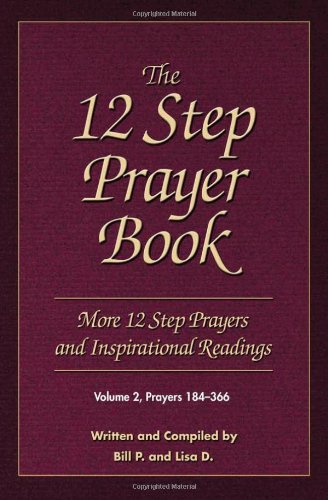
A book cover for The 12 Step Prayer Book: More Twelve Step Prayers and Inspirational  Readings Prayers 184-366; Bill P.; Religion & Spirituality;